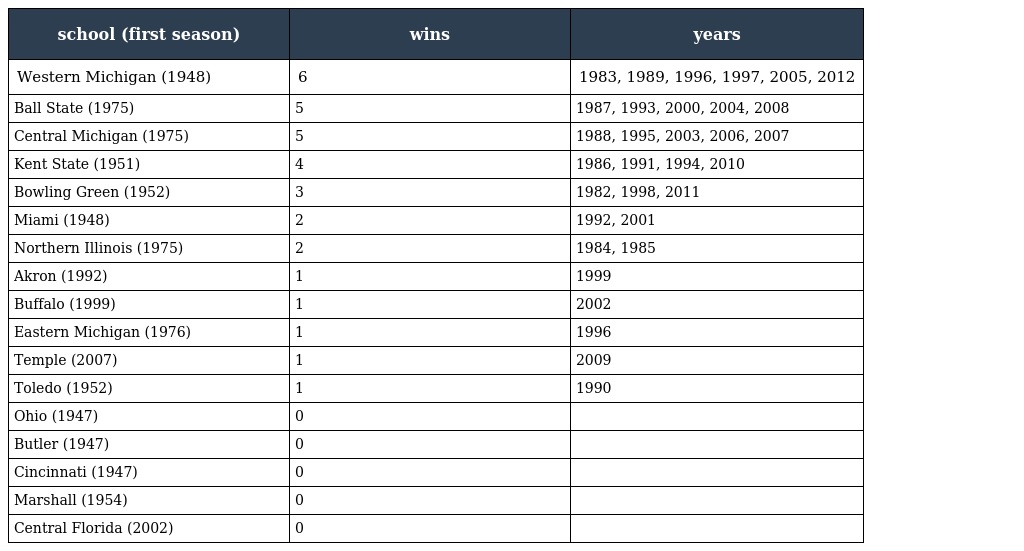
| school (first season) | wins | years |
 | --- | --- | --- |
 | Western Michigan (1948) | 6 | 1983, 1989, 1996, 1997, 2005, 2012 |
 | Ball State (1975) | 5 | 1987, 1993, 2000, 2004, 2008 |
 | Central Michigan (1975) | 5 | 1988, 1995, 2003, 2006, 2007 |
 | Kent State (1951) | 4 | 1986, 1991, 1994, 2010 |
 | Bowling Green (1952) | 3 | 1982, 1998, 2011 |
 | Miami (1948) | 2 | 1992, 2001 |
 | Northern Illinois (1975) | 2 | 1984, 1985 |
 | Akron (1992) | 1 | 1999 |
 | Buffalo (1999) | 1 | 2002 |
 | Eastern Michigan (1976) | 1 | 1996 |
 | Temple (2007) | 1 | 2009 |
 | Toledo (1952) | 1 | 1990 |
 | Ohio (1947) | 0 |  |
 | Butler (1947) | 0 |  |
 | Cincinnati (1947) | 0 |  |
 | Marshall (1954) | 0 |  |
 | Central Florida (2002) | 0 |  |